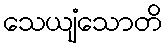
သေယျံသောတိ